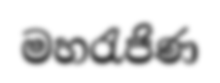
මහරැජිණ